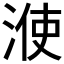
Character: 𣷱